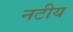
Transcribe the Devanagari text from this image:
नटीय